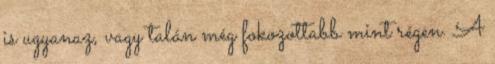
is ugyanaz, vagy talán még fokozottabb mint régen. A